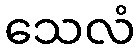
သေလံ